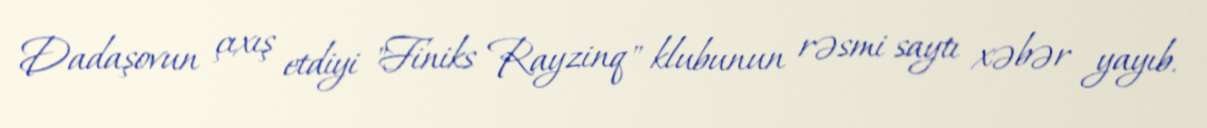
Dadaşovun çıxış etdiyi "Finiks Rayzinq" klubunun rəsmi saytı xəbər yayıb.